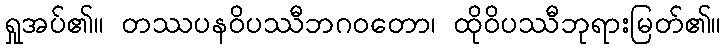
ရှုအပ်၏။ တဿပနဝိပဿီဘဂဝတော၊ ထိုဝိပဿီဘုရားမြတ်၏။